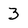
Character: 3